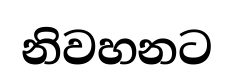
නිවහනට